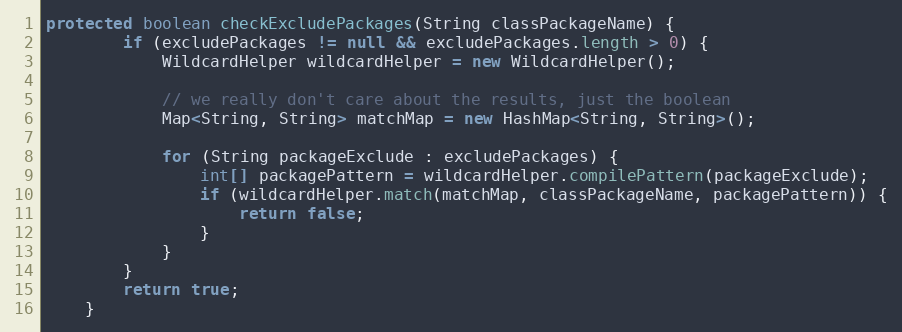
Language: Java
protected boolean checkExcludePackages(String classPackageName) {
		if (excludePackages != null && excludePackages.length > 0) {
			WildcardHelper wildcardHelper = new WildcardHelper();

			// we really don't care about the results, just the boolean
			Map<String, String> matchMap = new HashMap<String, String>();

			for (String packageExclude : excludePackages) {
				int[] packagePattern = wildcardHelper.compilePattern(packageExclude);
				if (wildcardHelper.match(matchMap, classPackageName, packagePattern)) {
					return false;
				}
			}
		}
		return true;
	}